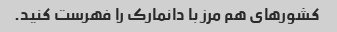
کشورهای هم مرز با دانمارک را فهرست کنید.